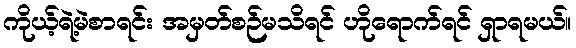
ကိုယ့်ရဲ့မဲစာရင်း အမှတ်စဉ်မသိရင် ဟိုရောက်ရင် ရှာရမယ်။